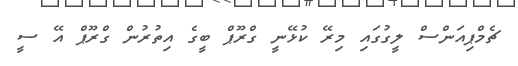
ޗެމްޕިއަންސް ލީގުގައި މިރޭ ކުޅޭނީ ގްރޫޕް ބީގެ އިތުރުން ގްރޫޕް އޭ ސީ